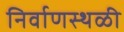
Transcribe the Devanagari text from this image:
निर्वाणस्थळी